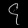
Digit: ၄